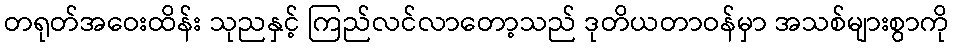
တရုတ်အဝေးထိန်း သုညနှင့် ကြည်လင်လာတော့သည် ဒုတိယတာဝန်မှာ အသစ်များစွာကို